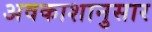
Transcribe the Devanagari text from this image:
अवकाशानुसार